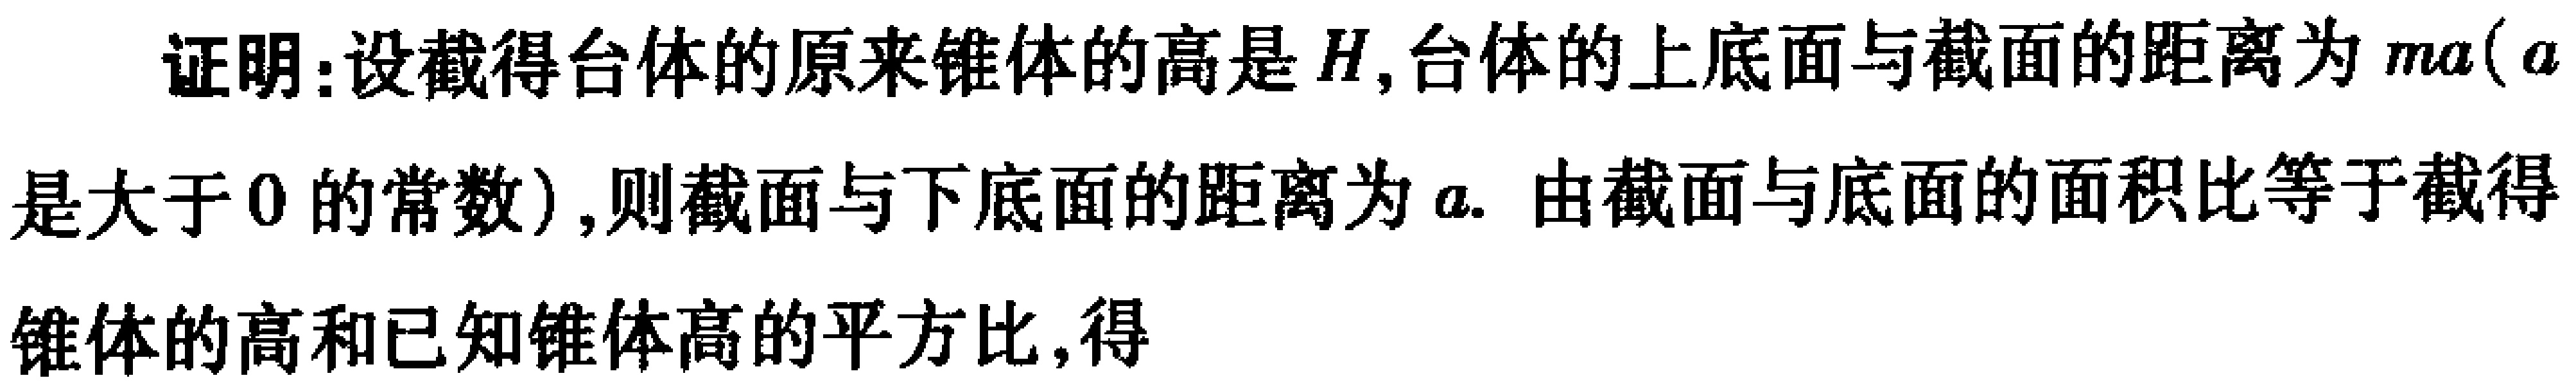
证明：设截得台体的原来锥体的高是\(H\)，台体的上底面与截面的距离为\(ma(a\)是大于\(0\)的常数\()\)，则截面与下底面的距离为\(a\). 由截面与底面的面积比等于截得锥体的高和已知锥体高的平方比，得